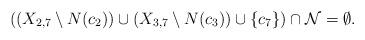
LaTeX: \begin{align*}\mbox{$((X_{2,7}\setminus N(c_2))\cup (X_{3,7}\setminus N(c_3))\cup\{c_7\})\cap {\cal N}=\emptyset$.}\end{align*}